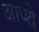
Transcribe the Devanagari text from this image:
आप्शे